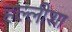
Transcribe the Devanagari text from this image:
हल्लीशा